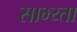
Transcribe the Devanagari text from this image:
साभ्य्ता